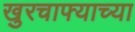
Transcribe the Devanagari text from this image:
खुरचाफ्याच्या